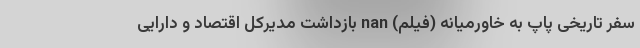
سفر تاریخی پاپ به خاورمیانه (فیلم) nan بازداشت مدیرکل اقتصاد و دارایی